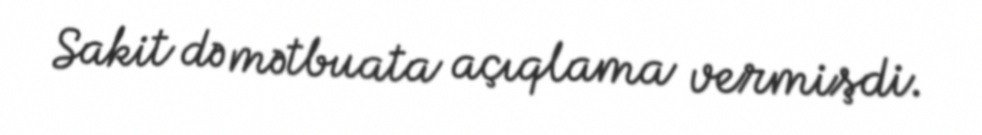
Sakit də mətbuata açıqlama vermişdi.